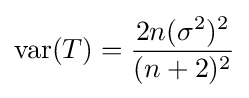
\operatorname {var} (T)={\frac {2n(\sigma ^{2})^{2}}{(n+2)^{2}}}